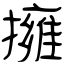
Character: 擁